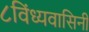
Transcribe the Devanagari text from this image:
८विंध्यवासिनी